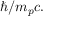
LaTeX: \hbar / m _ { p } c .